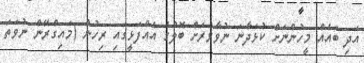
އަދި ބައެއް މީހުންނަށް ކުޅަދާނަ ނުވާވަރަށް ބޮލުގެ އެއްފަޅީގައި ރިހުން (މައިގްރޭން ނުވަތަ